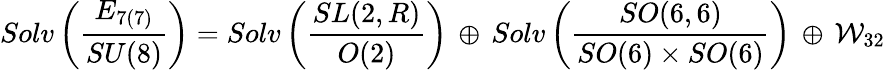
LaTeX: Solv\left(\frac{E_{7(7)}}{SU(8)}\right)=Solv\left(\frac{SL(2,R)}{O(2)}\right)\, \oplus\, Solv\left(\frac{SO(6,6)}{SO(6)\times SO(6)}\right)\, \oplus\, {\cal W}_{32}